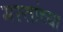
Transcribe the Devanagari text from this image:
मस्तांच्या